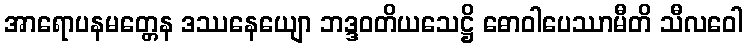
အာရောပနမတ္တေန ဒဿနေယျော ဘဒ္ဒဝတိယသေဋ္ဌိ ဓောဝါပေဿာမီတိ သီလဝေါ